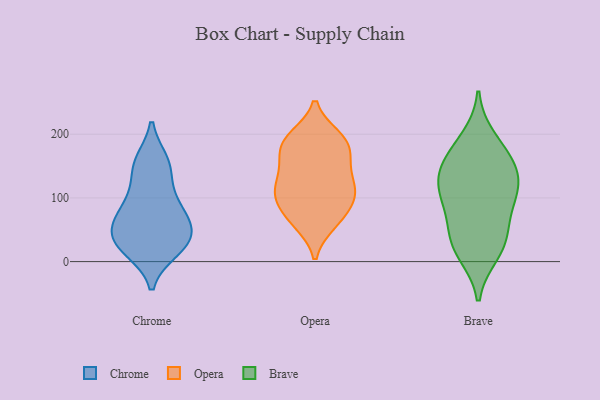
{"axis": {"x": "Operating Costs (USD K)", "y": "Value"}, "legend": ["Brave", "Chrome", "Opera"], "data": [{"x": "", "y": 96, "type": "Chrome"}, {"x": "", "y": 42, "type": "Chrome"}, {"x": "", "y": 39, "type": "Chrome"}, {"x": "", "y": 63, "type": "Chrome"}, {"x": "", "y": 19, "type": "Chrome"}, {"x": "", "y": 27, "type": "Chrome"}, {"x": "", "y": 50, "type": "Chrome"}, {"x": "", "y": 142, "type": "Chrome"}, {"x": "", "y": 154, "type": "Chrome"}, {"x": "", "y": 156, "type": "Chrome"}, {"x": "", "y": 77, "type": "Chrome"}, {"x": "", "y": 89, "type": "Chrome"}, {"x": "", "y": 22, "type": "Chrome"}, {"x": "", "y": 184, "type": "Opera"}, {"x": "", "y": 60, "type": "Opera"}, {"x": "", "y": 96, "type": "Opera"}, {"x": "", "y": 112, "type": "Opera"}, {"x": "", "y": 113, "type": "Opera"}, {"x": "", "y": 178, "type": "Opera"}, {"x": "", "y": 90, "type": "Opera"}, {"x": "", "y": 196, "type": "Opera"}, {"x": "", "y": 196, "type": "Opera"}, {"x": "", "y": 103, "type": "Opera"}, {"x": "", "y": 110, "type": "Opera"}, {"x": "", "y": 62, "type": "Opera"}, {"x": "", "y": 190, "type": "Opera"}, {"x": "", "y": 152, "type": "Opera"}, {"x": "", "y": 132, "type": "Opera"}, {"x": "", "y": 66, "type": "Opera"}, {"x": "", "y": 165, "type": "Opera"}, {"x": "", "y": 143, "type": "Opera"}, {"x": "", "y": 162, "type": "Brave"}, {"x": "", "y": 136, "type": "Brave"}, {"x": "", "y": 90, "type": "Brave"}, {"x": "", "y": 193, "type": "Brave"}, {"x": "", "y": 103, "type": "Brave"}, {"x": "", "y": 133, "type": "Brave"}, {"x": "", "y": 129, "type": "Brave"}, {"x": "", "y": 43, "type": "Brave"}, {"x": "", "y": 40, "type": "Brave"}, {"x": "", "y": 95, "type": "Brave"}, {"x": "", "y": 167, "type": "Brave"}, {"x": "", "y": 13, "type": "Brave"}, {"x": "", "y": 22, "type": "Brave"}]}